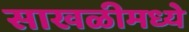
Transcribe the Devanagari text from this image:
साखळीमध्ये